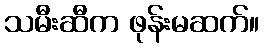
သမီးဆီက ဖုန်းမဆက်။